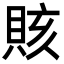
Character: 賅